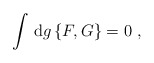
\begin{align*}\int\, {\rm d}g \,\{F,G\}=0~,\end{align*}